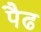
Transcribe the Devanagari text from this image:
पैढ